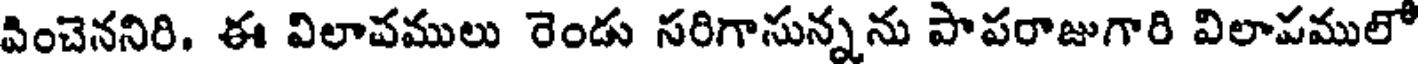
వించెననిరి. ఈ విలావములు రెండు సరిగాసున్నను పాపరాజుగారి విలాపములో